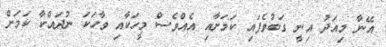
އޭނާ މިއަދު އިނީ ގަބުވެފައި ކަމަށާއި އެއްވެސް މީހަކާއި ވާހަކަ ނުދައްކާ ކަމަށް